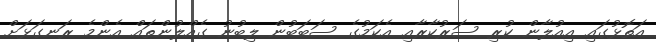
އަތޮޅުގައި އިއުލާން ކުރި ސަރުކާރާއި އެކަމުގެ ސަބަބުން ލިބުނު ގެއްލުންތައް އެންމެ ރަނގަޅަށް